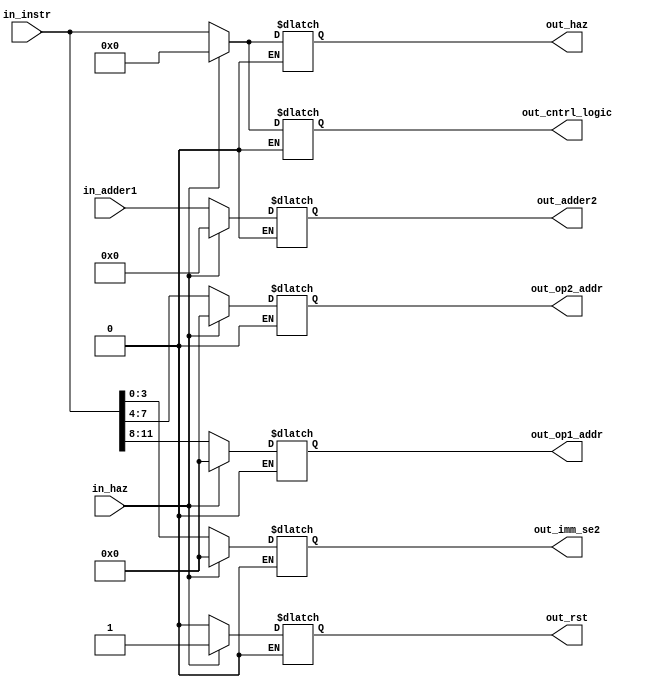
module id_buf(in_instr,in_haz,in_adder1,out_haz,out_cntrl_logic,out_rst,out_adder2,out_op1_addr,out_op2_addr,out_imm_se2);

//input
input [15:0] in_instr;
input in_haz;
input [5:0] in_adder1;

//output
output [15:0] out_haz,out_cntrl_logic;
output out_rst;
output [5:0] out_adder2;
output [3:0]out_op1_addr,out_op2_addr;
output [3:0] out_imm_se2;
//output [15:0] out_op1_buf2,out_op2_buf2;

reg [1:0] buf1[15:0];

//type
wire [15:0] in_instr;
wire in_haz;
wire [5:0] in_adder1;

reg [15:0] out_haz,out_cntrl_logic;
reg out_rst;
reg [5:0] out_adder2;
reg [3:0]out_op1_addr,out_op2_addr;
reg [3:0] out_imm_se2;
//reg [15:0] out_op1_buf2,out_op2_buf2;

always @(*)
begin
if( in_haz == 1'b1)
begin
out_haz[15:0] = 16'b0000000000000000;
out_cntrl_logic[15:0] = 16'b0000000000000000;
out_adder2[5:0] = 6'b000000 ;
out_op1_addr[3:0] = 4'b0000;
out_op2_addr[3:0] = 4'b0000;
//out_m1[3:0] = 4'b0000;
out_rst = 1'b1;
out_imm_se2[3:0] = 4'b0000; 
//out_op1_buf2[15:0] = 16'b0000000000000000;
//out_op2_buf2[15:0] = 16'b0000000000000000;
end

else

if (in_haz == 1'b0)
begin
out_haz[15:0] = in_instr[15:0];			//16 bit instr to hazard detection 
out_cntrl_logic[15:0] = in_instr[15:0];		//16 bit instr to control unit
out_adder2[5:0] = in_adder1[5:0];		//output of adder1 to adder2


//a type
//if ( in_instr[15:12] ==4'b0000 && (in_instr[3:0] == 4'b0000 || in_instr[3:0] == 4'b0001 || in_instr[3:0] == 4'b0010 || in_instr[3:0] == 4'b0011 || in_instr[3:0] == 4'b0100 || in_instr[3:0] == 4'b0101 || in_instr[3:0] == 4'b1000 || in_instr[3:0] == 4'b1001 || in_instr[3:0] == 4'b1010 || in_instr[3:0] == 4'b1011))
//begin 
out_op1_addr[3:0] = in_instr[11:8];		
out_op2_addr[3:0] = in_instr[7:4];
//out_m1[3:0] = 4'bxxxx;
out_rst = 1'b0;
out_imm_se2[3:0] = in_instr[3:0];
//out_op1_buf2[15:0] = in_instr[11:8];
//out_op2_buf2[15:0] = in_instr[7:4];
//end

//b type
//else 
//if ( in_instr[15:12] == 4'b1100 || in_instr[15:12] == 4'b1000 )
//begin
//out_op1_addr[3:0] = in_instr[11:8];             
//out_op2_addr[3:0] = in_instr[3:0];
//out_m1[3:0] = in_instr[7:4];
//out_rst = 1'b0;
//out_imm_se2[3:0] = 4'bxxxx;
//out_op1_buf2[3:0] = in_instr[11:8];
//out_op2_buf2[3:0] = in_instr[7:4];
//end
end
end
endmodule